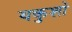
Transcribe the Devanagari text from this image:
यकुशो